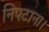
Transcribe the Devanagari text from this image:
निपटाना।